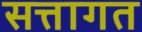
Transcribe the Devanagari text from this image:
सत्तागत